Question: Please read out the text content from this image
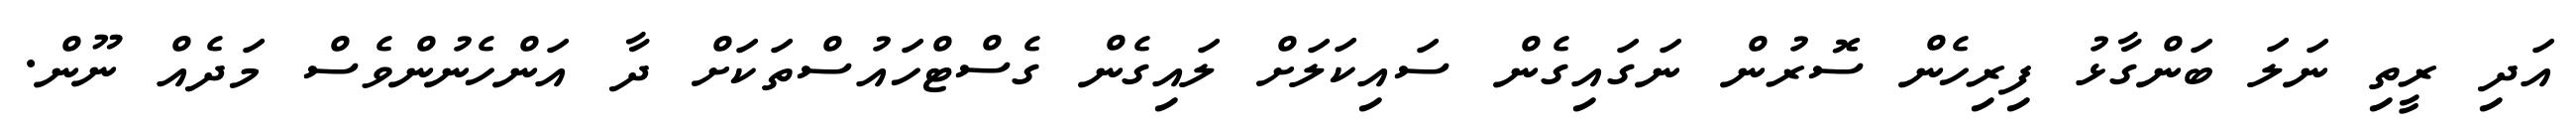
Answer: އަދި ރީތި ނަލަ ބަންގާޅު ފިރިހެން ސޮރުން ނަގައިގެން ސައިކަލަށް ލައިގެން ގެސްޓްހައުސްތަކަށް ދާ އަންހެނުންވެސް މަދެއް ނޫން.